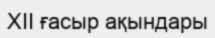
XII ғасыр ақындары